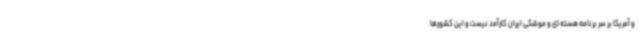
و آمریکا بر سر برنامه هسته ای و موشکی ایران کارآمد نیست و این کشورها